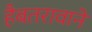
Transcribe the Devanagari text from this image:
हैबतरावाने